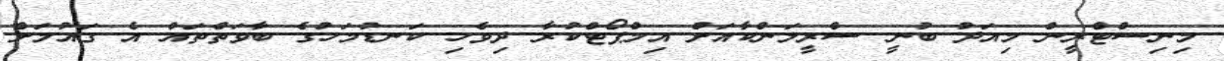
މިނިސްޓްރީން މިއަދު ބުނީ ސްރީލަންކާއަށް އިމްޕޯޓްކުރާ ދިވެހި ކަނޑުމަހުގެ ބާވަތްތައް އެ ގައުމަށް